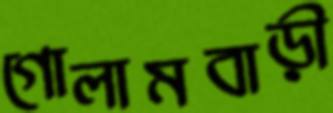
গোলামবাড়ী